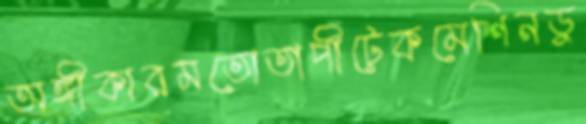
অঙ্গীকারমতোতাপীটেকমেশিনডু